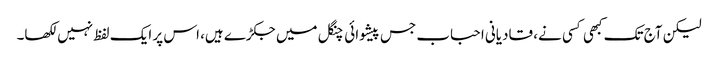
لیکن آج تک کبھی کسی نے، قادیانی احباب جس پیشوائی چنگل میں جکڑے ہیں، اس پر ایک لفظ نہیں لکھا۔